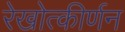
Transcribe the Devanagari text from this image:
रेखोत्कीर्णन